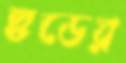
হুডের